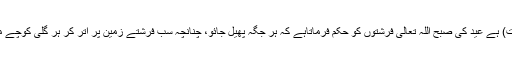
فرماتے ہیں شبِ فطر (عید کی رات) کا نام شبِ جائزہ (انعام کی رات) ہے عید کی صبح اللہ تعالیٰ فرشتوں کو حکم فرماتاہے کہ ہر جگہ پھیل جائو، چنانچہ سب فرشتے زمین پر اُتر کر ہر گلی کوچے میں کھڑے ہو جاتے ہیں اور پکار کر کہتے ہیں: اے اُمتِ رسول ﷺ!